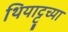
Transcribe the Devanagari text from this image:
थियाट्टूच्या